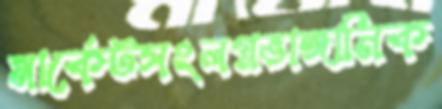
মার্কেটসংলগ্নভাঙ্গানিক